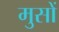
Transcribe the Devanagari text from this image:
मुसों